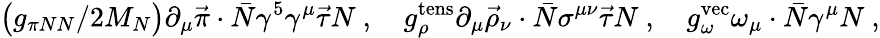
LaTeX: \big(g_{\pi NN}/2M_{N}\big)\partial_{\mu}\vec{\pi}\cdot\bar{N}\gamma^{5}\gamma^{\mu}\vec{\tau}N\ ,\quad g_{\rho}^{\mathrm{tens}}\partial_{\mu}\vec{\rho}_{\nu}\cdot\bar{N}\sigma^{\mu\nu}\vec{\tau}N\ ,\quad g_{\omega}^{\mathrm{vec}}\omega_{\mu}\cdot\bar{N}\gamma^{\mu}N\ ,